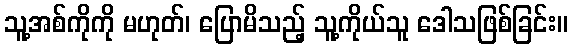
သူ့အစ်ကိုကို မဟုတ်၊ ပြောမိသည့် သူ့ကိုယ်သူ ဒေါသဖြစ်ခြင်း။